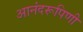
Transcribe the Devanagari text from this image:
आनंदरूपिणी